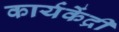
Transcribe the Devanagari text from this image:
कार्यकेंद्री